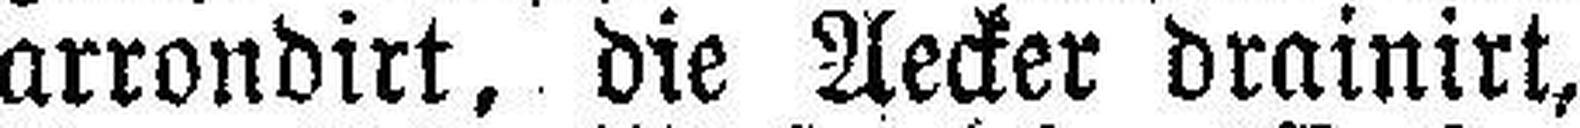
arrondirt, die Aecker drainirt,